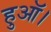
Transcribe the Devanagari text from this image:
हुऑ।